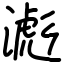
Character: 滮